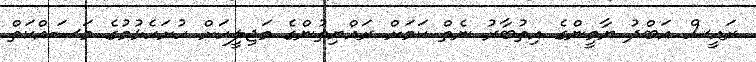
ރައީސް އަބްދު ޔާމީންގެ އިތުބާރު ނެތް ކަމަށް ރައްޔިތުންގެ މަޖިލީހަށް ހުށަހެޅުމުގެ މަސައްކަތް